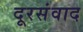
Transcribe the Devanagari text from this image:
दूरसंवाद